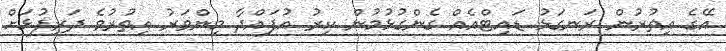
އޭގެ އިތުރުން ރަނގަޅު ޑައިޓްއެއް ގެންގުޅުމުން ކިރު އުފައްދާ މިންވަރު އިތުރުވެ ދަރިފުޅަށް